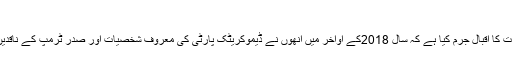
عدالتی پیشی کا اسکیچ
فلوریڈا سے تعلق رکھنے والے ایک ملزم نے اس بات کا اقبال جرم کیا ہے کہ سال 2018کے اواخر میں اُنھوں نے ڈیموکریٹک پارٹی کی معروف شخصیات اور صدر ٹرمپ کے ناقدین کو ڈاک کے ذریعے ’’پائپ بم‘‘ پوسٹ کیے تھے۔